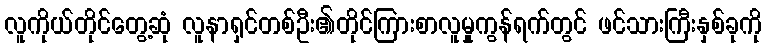
လူကိုယ်တိုင်တွေ့ဆုံ လူနာရှင်တစ်ဦး၏တိုင်ကြားစာလူမှုကွန်ရက်တွင် ဖင်သားကြီးနှစ်ခုကို